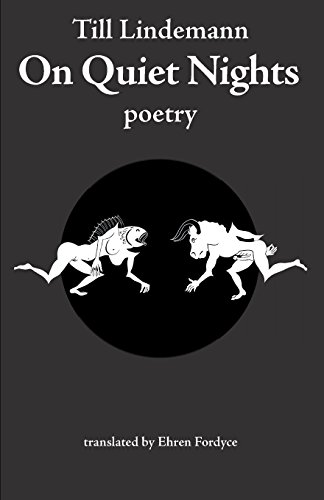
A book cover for On Quiet Nights; Till Lindemann; Literature & Fiction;